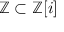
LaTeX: \mathbb { Z } \subset \mathbb { Z } [ i ]